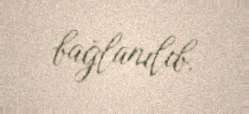
bağlanılıb.